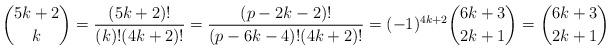
LaTeX: \begin{align*}\binom{5k + 2}{k} =\frac{(5k+2)!}{(k)!(4k+2)!}= \frac{(p - 2k - 2)!}{(p - 6k - 4)!(4k + 2)!} = (-1)^{4k + 2} \binom{6k + 3}{2k + 1} = \binom{6k + 3}{2k + 1}\end{align*}